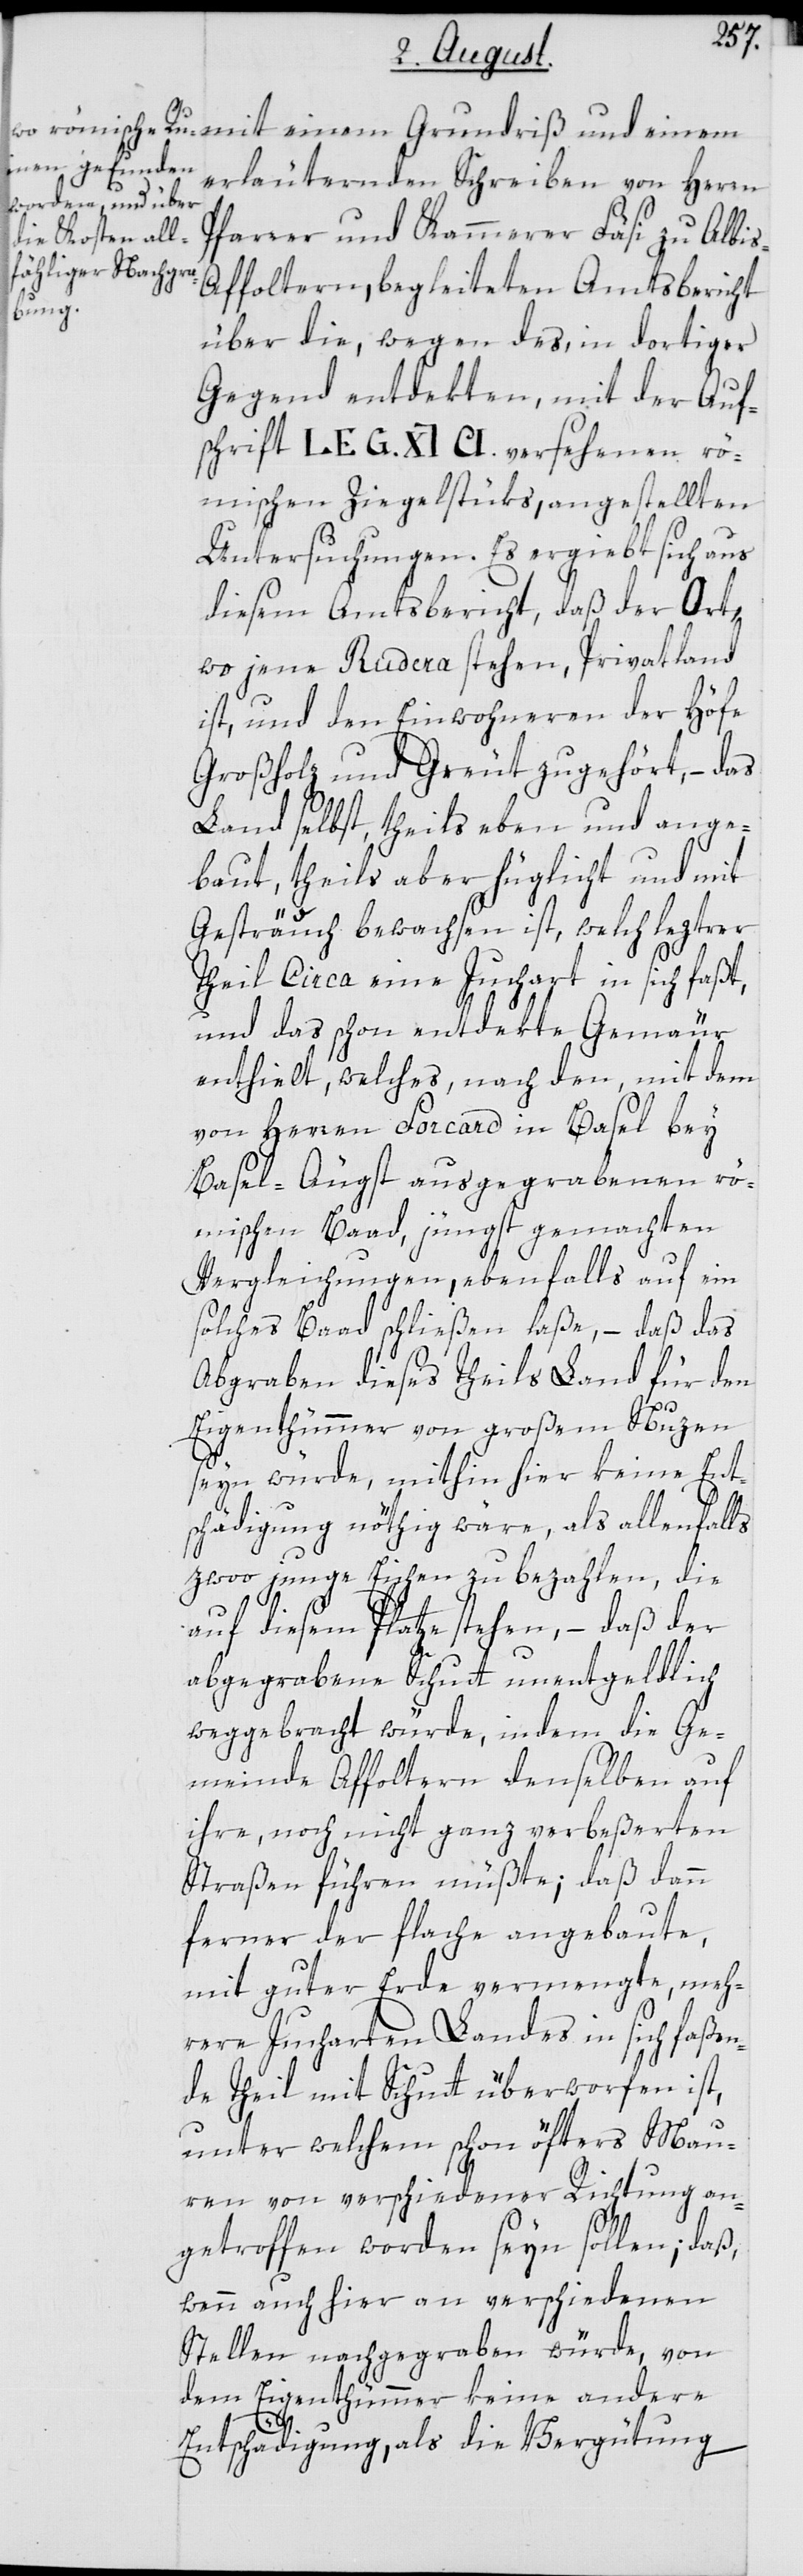
erläuternden Schreiben von Herrn
Pfarrer und Kammerer Fäsi zu Albi¬
s-Affoltern, begleiteten Amtsbericht
über die, wegen des, in dortiger
Gegend entdekten, mit der Auf¬
schrift LEG. XI. CI. versehenen rö¬
mischen Ziegelstüks, angestellten
Untersuchungen. Es ergiebt sich aus
diesem Amtsbericht, daß der Ort,
wo jene Rudera stehen, Privatland
ist, und den Einwohneren der Höfe
Großholz und Greut zugehört, – das
Land selbst, theils eben und ange¬
baut, theils aber hüglicht und mit
Gesträuch bewachsen ist, welch leztrer
Theil circa eine Juchart in sich faßt,
und das schon entdekte Gemäur
enthielt, welches nach den, mit dem
von Herren Forcard in Basel bey
Basel-Äugst ausgegrabenen rö¬
mischen Baad, jüngst gemachten
Vergleichungen, ebenfalls auf ein
solches Baad schließen laße, – daß das
Abgraben dieses Theils Land für den
Eigenthümmer von großem Nuzen
seyn würde, mithin hier keine Ent¬
schädigung nöthig wäre, als allenfalls
zwoo junge Eichen zu bezahlen, die
auf diesem Platze stehen, – daß der
abgegrabene Schutt unentgeldlich
weggebracht würde, indem die Ge¬
meinde Affoltern denselben auf
ihre, noch nicht ganz verbeßerten
Straßen führen müßte; daß dann
ferner der flache angebaute,
mit guter Erde vermengte, meh¬
rere Jucharten Landes in sich faßen¬
de Theil mit Schutt überworfen ist,
unter welchem schon öfters Mau¬
ren von verschiedener Richtung an¬
getroffen worden seyn sollen; daß,
wenn auch hier an verschiedenen
Stellen nachgegraben würde, von
dem Eigenthümmer keine andere
Entschädigung, als die Vergütung